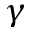
\gamma